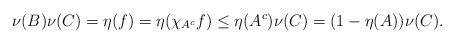
LaTeX: \begin{align*}\nu(B) \nu(C) = \eta(f) = \eta(\chi_{A^c} f) \leq \eta(A^c) \nu(C) = (1-\eta(A))\nu(C).\end{align*}